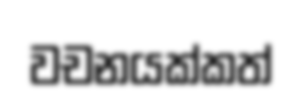
වචනයක්කත්